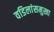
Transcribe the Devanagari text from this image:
वडिलांसमुखा